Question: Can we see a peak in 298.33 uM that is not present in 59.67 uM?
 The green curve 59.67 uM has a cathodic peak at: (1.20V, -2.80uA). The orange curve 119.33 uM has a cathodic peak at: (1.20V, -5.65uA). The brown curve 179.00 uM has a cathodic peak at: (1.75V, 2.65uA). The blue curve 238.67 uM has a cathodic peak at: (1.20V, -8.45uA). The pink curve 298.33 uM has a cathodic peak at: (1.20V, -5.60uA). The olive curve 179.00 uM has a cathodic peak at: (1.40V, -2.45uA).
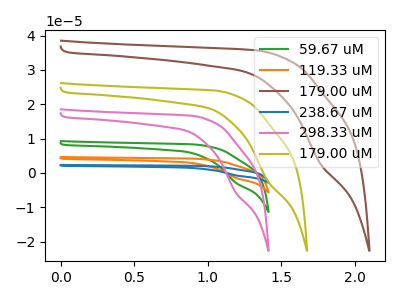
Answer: <think>All the peaks in "298.33 uM" have a peak in "59.67 uM" at the same potential. Every peak in "298.33 uM" is higher than every peak in "59.67 uM".
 </think>
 <answer>No, "298.33 uM" and "59.67 uM" don't appear to be significantly different in shape</answer>
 <eval>no_change</eval>